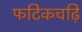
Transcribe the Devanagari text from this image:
फटिकचढ़ि